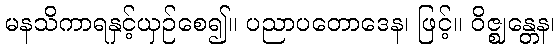
မနသိကာရနှင့်ယှဉ်စေ၍။ ပညာပတောဒေန၊ ဖြင့်။ ဝိဇ္ဈန္တေန၊